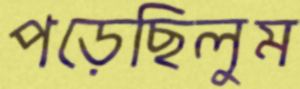
পড়েছিলুম